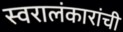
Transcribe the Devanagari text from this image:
स्वरालंकारांची